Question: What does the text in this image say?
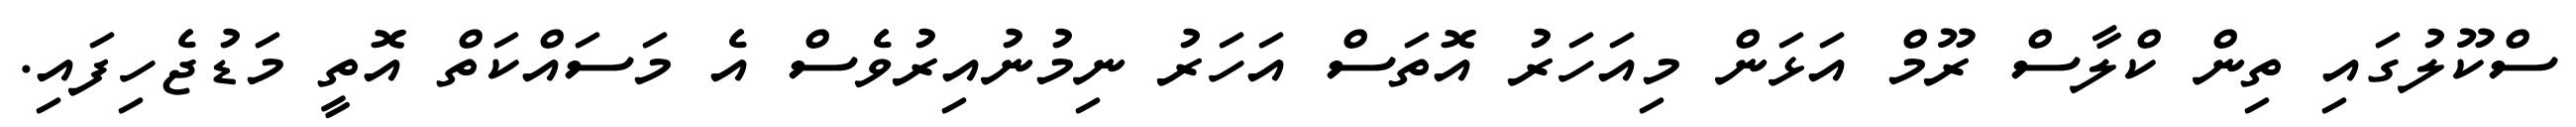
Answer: ސްކޫލުގައި ތިން ކްލާސް ރޫމް އަޅަން މިއަހަރު އޮތަސް އަހަރު ނިމުނުއިރުވެސް އެ މަސައްކަތް އޮތީ މަޑުޖެހިފައި.